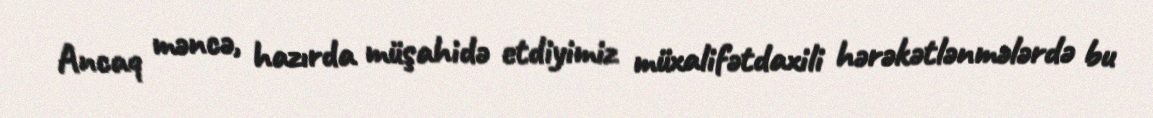
Ancaq məncə, hazırda müşahidə etdiyimiz müxalifətdaxili hərəkətlənmələrdə bu